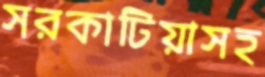
সরকাটিয়াসহ